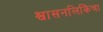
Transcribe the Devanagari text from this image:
श्वासनलिकिेचा